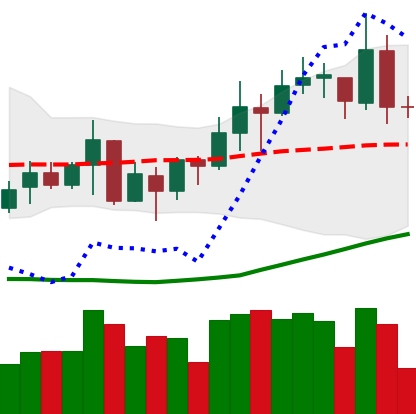
Ticker: XMR-USD
Chart end date: 2020-07-17
Forward return: 5.701%
Label: up_5_7